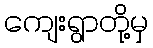
ကျေးရွာတို့မှ